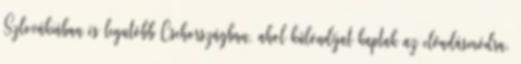
Szlovákiában és legutóbb Csehországban, ahol különdíjat kaptak az előadásmódra.